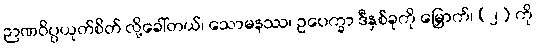
ဉာဏဝိပ္ပယုတ်စိတ် လို့ခေါ်တယ်၊ သောမနဿ၊ ဥပေက္ခာ ဒီနှစ်ခုကို မြှောက်၊ (၂) ကို